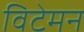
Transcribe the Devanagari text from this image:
विटेमन